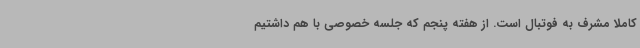
کاملاً مشرف به فوتبال است. از هفته پنجم که جلسه خصوصی با هم داشتیم